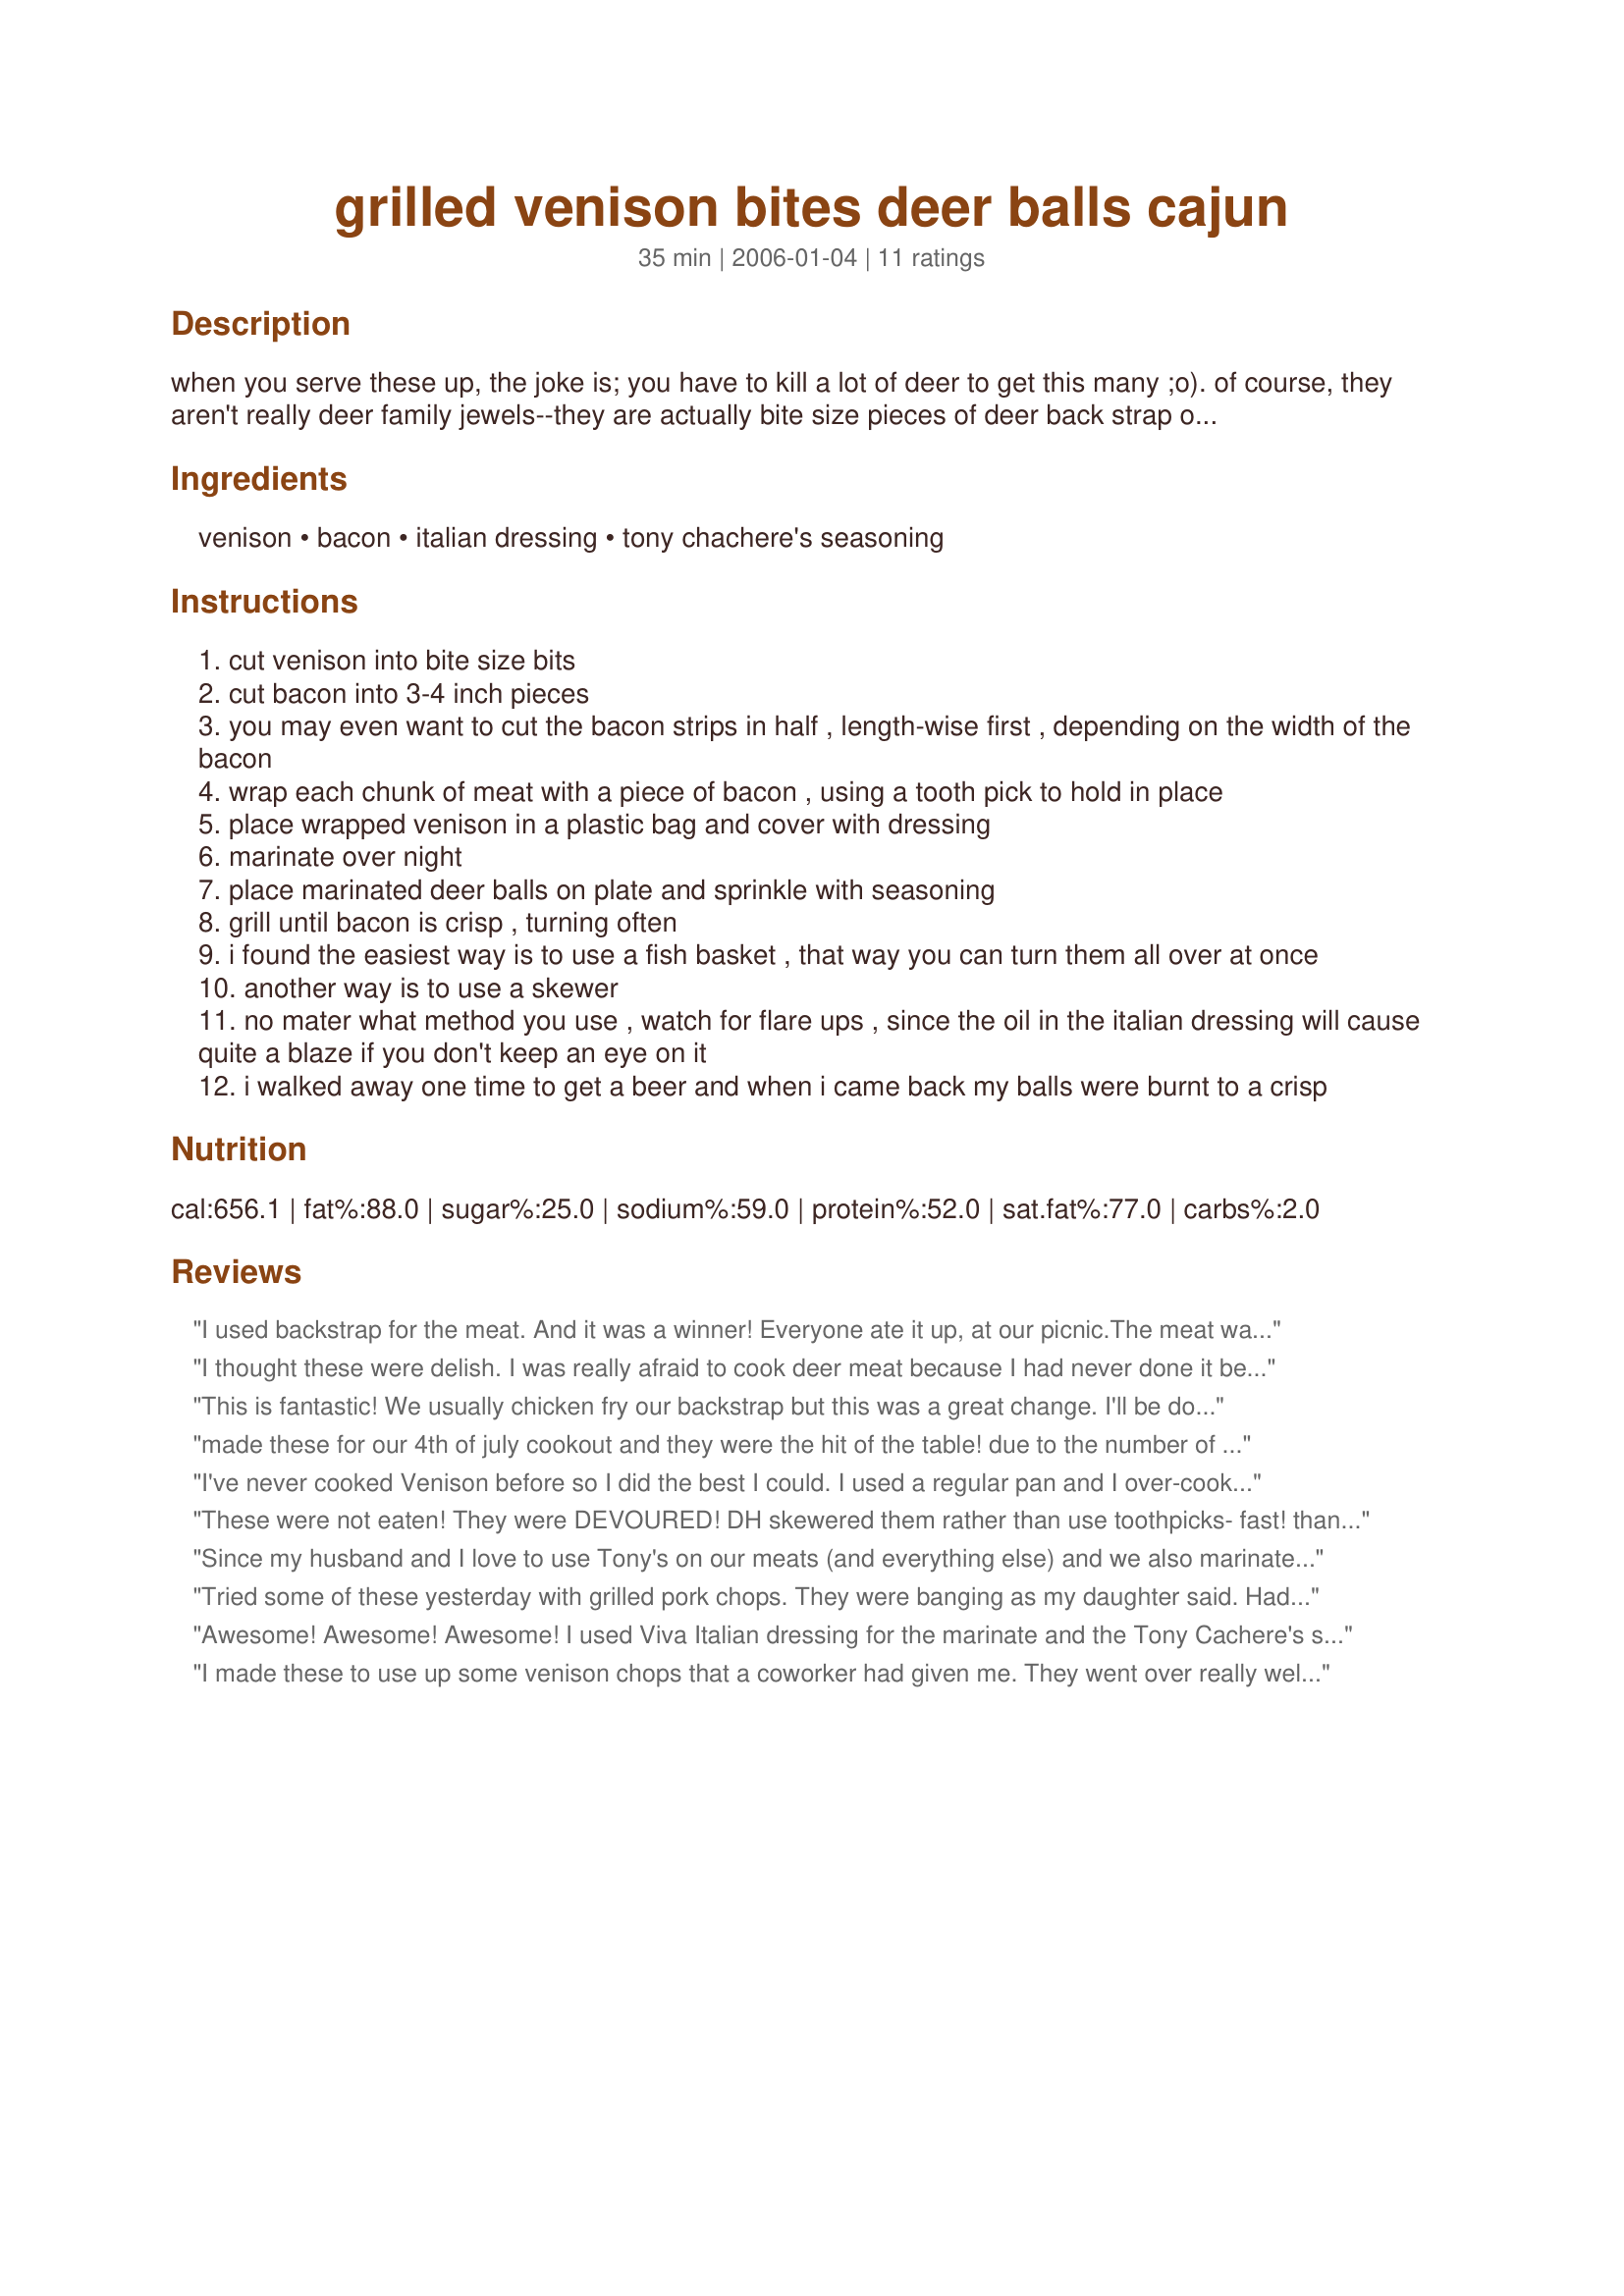
grilled venison bites deer balls cajun
Preparation time: 35 minutes

when you serve these up, the joke is; you have to kill a lot of deer to get this many ;o). of course, they aren't really deer family jewels--they are actually bite size pieces of deer back strap or tenderloin. i got this recipe from a cajun gentleman i hunt with in haughton la named claude. i "guarunteeee", even people who say they don't like venison will eat a plate full of these. i prefer to use tony cachere's cajun seasoning, thin cut bacon, zesty italian dressing, and cook them over mesquite, but any wood or charcoal will do. enjoy!

Ingredients:
venison, bacon, italian dressing, tony chachere's seasoning

Steps:
cut venison into bite size bits
cut bacon into 3-4 inch pieces
you may even want to cut the bacon strips in half , length-wise first , depending on the width of the bacon
wrap each chunk of meat with a piece of bacon , using a tooth pick to hold in place
place wrapped venison in a plastic bag and cover with dressing
marinate over night
place marinated deer balls on plate and sprinkle with seasoning
grill until bacon is crisp , turning often
i found the easiest way is to use a fish basket , that way you can turn them all over at once
another way is to use a skewer
no mater what method you use , watch for flare ups , since the oil in the italian dressing will cause quite a blaze if you don't keep an eye on it
i walked away one time to get a beer and when i came back my balls were burnt to a crisp

Reviews:
I used backstrap for the meat. And it was a winner! Everyone ate it up, at our picnic.The meat was so tasty and not dry. The seasoning was perfect, not over or under done. It was also easy to make. We will make this again.
I thought these were delish. I was really afraid to cook deer meat because I had never done it before but these balls were the best i ever put in my mouth.
This is fantastic! We usually chicken fry our backstrap but this was a great change. I'll be doing this again. Thanks Pokey for a great recipe.
made these for our 4th of july cookout and they were the hit of the table! due to the number of these i was making i used deer steaks instead of backstrap and marinated the steaks for 2 days as the cookout got postponed. i also didn't wrap them in bacon till that morning. didn't have the seasoning called for so i used some sweet mesquite rub i love and grilled them over gas (gasp!) also used skewers instead of toothpicks. they were absolutely fantastic! in fact one guest who doesn't care all that much for venison feeds most of it to his dog. he said he may have to raid the dog's stash lol!
I've never cooked Venison before so I did the best I could. I used a regular pan and I over-cooked the Venison by accident because the bacon wasn't even close to done. Still a wonderful flavor though. Next time, I think I will fry up the bacon first, throw the seasoned meat in the bacon grease, and THEN wrap up the meat after everything is cooked. Fool proof :)
These were not eaten! They were DEVOURED! DH skewered them rather than use toothpicks- fast! thanks Kim127- and grilled outside over charcoal. They didn't even make it in the house before he was pulling them off the skewer and popping them in his mouth! lol We had guests for supper the next night and dh was raving about these- so I heated the few he didn't already inhale in a skillet over med heat and served them to our guests as an impromptu appy. NOW THEY are raving too! Fantastic recipe Pokey! Thanks for sharing!
Since my husband and I love to use Tony's on our meats (and everything else) and we also marinate a lot with the italian dressing, I knew we were likely to like this. It turned out great. I made these the night before Easter on my menu #15692 menu (as kabobs). They were very colorful but best of all EVERYONE loved them. We will make these again and again.
Tried some of these yesterday with grilled pork chops. They were banging as my daughter said. Had pork chops left lol. Going to do some more for thanksgiving. Can't hardly wait. I give them 5+ stars. Only because you not suppose to give anything 25. Thanks for sharing
Awesome! Awesome! Awesome! I used Viva Italian dressing for the marinate and the Tony Cachere's seasoning. I also put these on skewers for ease of grilling and handling. My mother and father in law who are big hunters and very picky about how deer is cooked raved and raved about this recipe! 5 Stars!! We have pleanty of deer in the freezer (my sons first! :) and I love to grill in the summer, so sounds like I'll be making this recipe over and over again! Thanks so much!!! :)
I made these to use up some venison chops that a coworker had given me. They went over really well, especially with DH and my dad. I didn't have any Cajun seasoning on hand, so I opted for Spicy Montreal Steak Seasoning instead. I had to broil them in the oven, because we don't have a porch and I can't drag the grill into the yard in the snow (other than not having the smokiness that you get from grilling, they were still really good). I don't have venison on hand very often, but I will definitely make these again the next time I get my hands on venison. Thanks for posting!
We really enjoyed these little treats. Instead of toothpicks, I wrapped the venison with the bacon and put them on skewers. This was very easy to prepare and I will make this again!
